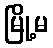
မြို့မ